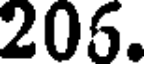
205.